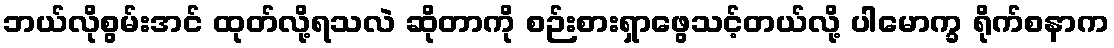
ဘယ်လိုစွမ်းအင် ထုတ်လို့ရသလဲ ဆိုတာကို စဉ်းစားရှာဖွေသင့်တယ်လို့ ပါမောက္ခ ရိုက်စနာက